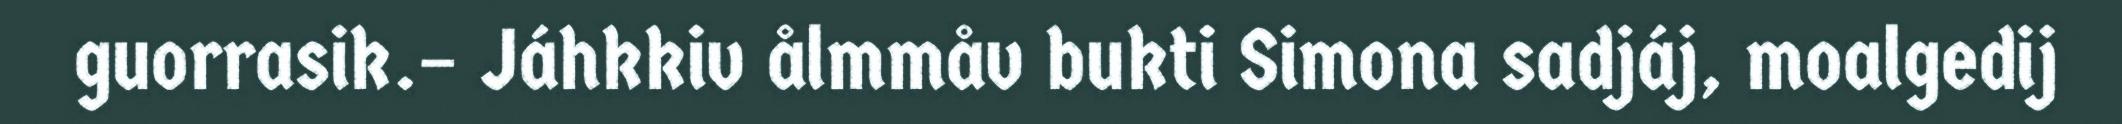
guorrasik.– Jáhkkiv ålmmåv bukti Simona sadjáj, moalgedij